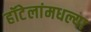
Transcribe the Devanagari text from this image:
हॉटेलांमधल्या